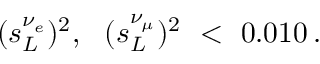
( s _ { L } ^ { \nu _ { e } } ) ^ { 2 } , \ \ ( s _ { L } ^ { \nu _ { \mu } } ) ^ { 2 } \ < \ 0 . 0 1 0 \, .